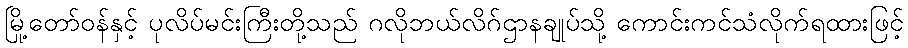
မြို့တော်ဝန်နှင့် ပုလိပ်မင်းကြီးတို့သည် ဂလိုဘယ်လိဂ်ဌာနချုပ်သို့ ကောင်းကင်သံလိုက်ရထားဖြင့်